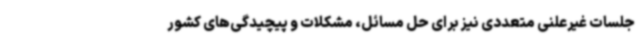
جلسات غیرعلنی متعددی نیز برای حل مسائل، مشکلات و پیچیدگی‌های کشور